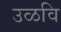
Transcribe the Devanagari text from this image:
उळवि